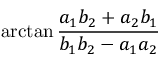
\arctan { \frac { a _ { 1 } b _ { 2 } + a _ { 2 } b _ { 1 } } { b _ { 1 } b _ { 2 } - a _ { 1 } a _ { 2 } } }